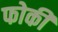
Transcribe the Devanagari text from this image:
फोकी